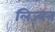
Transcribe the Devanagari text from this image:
लिज़्बन